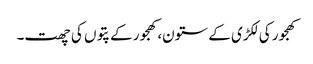
کھجور کی لکڑی کے ستون،کھجور کے پتوں کی چھت۔